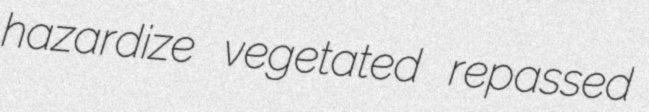
hazardize vegetated repassed